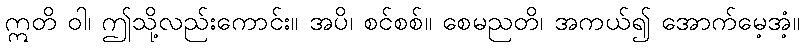
ဣတိ ဝါ၊ ဤသို့လည်းကောင်း။ အပိ၊ စင်စစ်။ စေမညတိ၊ အကယ်၍ အောက်မေ့အံ့။